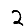
Digit: 2